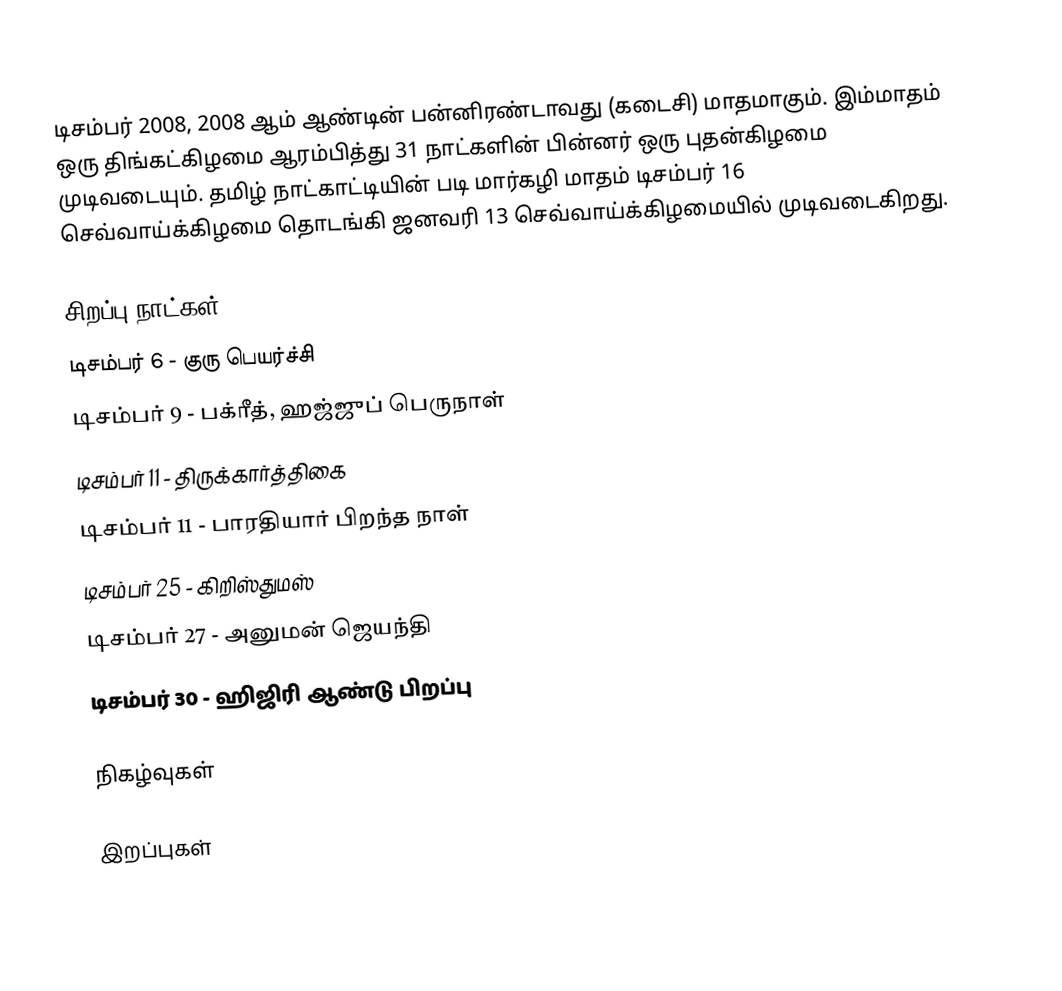
டிசம்பர் 2008, 2008 ஆம் ஆண்டின் பன்னிரண்டாவது (கடைசி) மாதமாகும். இம்மாதம் ஒரு திங்கட்கிழமை ஆரம்பித்து 31 நாட்களின் பின்னர் ஒரு புதன்கிழமை முடிவடையும். தமிழ் நாட்காட்டியின் படி மார்கழி மாதம் டிசம்பர் 16 செவ்வாய்க்கிழமை தொடங்கி ஜனவரி 13 செவ்வாய்க்கிழமையில் முடிவடைகிறது.

சிறப்பு நாட்கள்
 டிசம்பர் 6 - குரு பெயர்ச்சி
 டிசம்பர் 9 - பக்ரீத், ஹஜ்ஜுப் பெருநாள்
 டிசம்பர் 11 - திருக்கார்த்திகை
 டிசம்பர் 11 - பாரதியார் பிறந்த நாள்
 டிசம்பர் 25 - கிறிஸ்துமஸ்
 டிசம்பர் 27 - அனுமன் ஜெயந்தி
 டிசம்பர் 30 - ஹிஜிரி ஆண்டு பிறப்பு

நிகழ்வுகள்

இறப்புகள்

2008